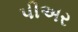
પીઅર